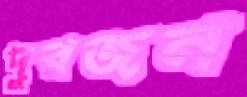
দুরজন